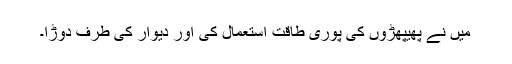
میں نے پھیپھڑوں کی پوری طاقت استعمال کی اور دیوار کی طرف دوڑا۔